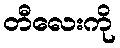
တီလေးကို